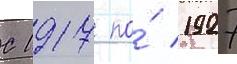
С 1917 по́ 1927